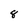
Character: 8